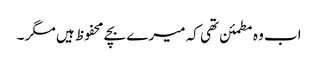
اب وہ مطمئن تھی کہ میرے بچے محفوظ ہیں مگر ۔